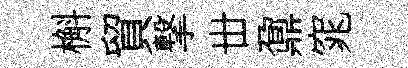
槲貿撃丗鼐窕